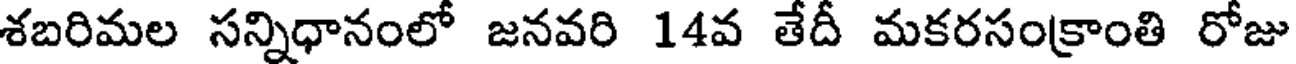
శబరిమల సన్నిధానంలో జనవరి 14వ తేదీ మకరసంక్రాంతి రోజు